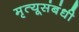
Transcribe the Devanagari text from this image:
मृत्यूसंबंधी